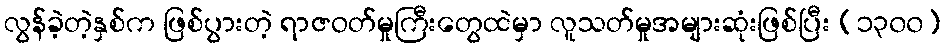
လွန်ခဲ့တဲ့နှစ်က ဖြစ်ပွားတဲ့ ရာဇဝတ်မှုကြီးတွေထဲမှာ လူသတ်မှုအများဆုံးဖြစ်ပြီး (၁၃၀၀)